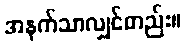
အနက်သာလျှင်တည်း။